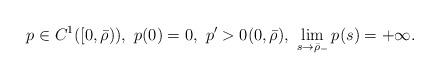
LaTeX: \begin{align*}p\in C^1([0,\bar\rho)),\ p(0)=0,\ p'>0(0,\bar\rho),\ \lim_{s\to\bar\rho_-}p(s)=+\infty.\end{align*}